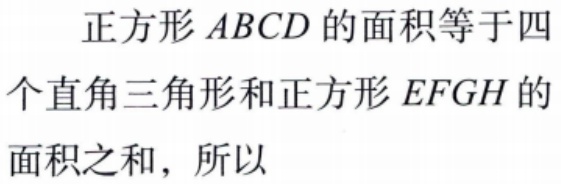
正方形 \(ABCD\) 的面积等于四个直角三角形和正方形 \(EFGH\) 的面积之和，所以